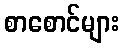
စာစောင်များ